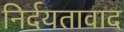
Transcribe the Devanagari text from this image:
निर्दयतावाद